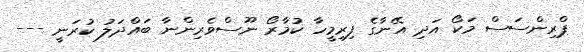
ޕްރިންސަސް މަކޯ އަދި އޭނާގެ ފިރިމީހާ ކުމާރޯ ނޫސްވެރިންނާ ބައްދަލު ކުރަނީ ---